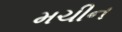
મચીન